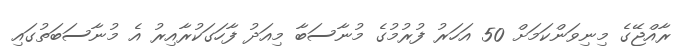
ރާއްޖޭގެ މިނިވަންކަމަށް 50 އަހަރު ފުރުމުގެ މުނާސަބާ މިއަދު ފާހަގަކުރާއިރު އެ މުނާސަބަތުގައި